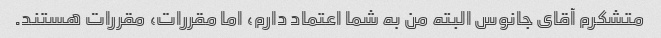
متشکرم آقای جانوس البته من به شما اعتماد دارم، اما مقررات، مقررات هستند.